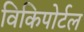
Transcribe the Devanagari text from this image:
विकिपोर्टल